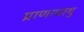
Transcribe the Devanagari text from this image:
प्राणावायु